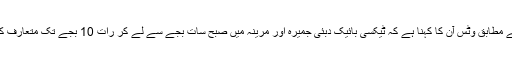
مقامی ذرائع کے مطابق وٹس آن کا کہنا ہے کہ ٹیکسی بائیک دبئی جمیرہ اور مرینہ میں صبح سات بجے سے لے کر رات 10 بجے تک متعارف کرائی گئی ہے ۔